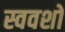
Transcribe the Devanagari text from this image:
स्ववशो